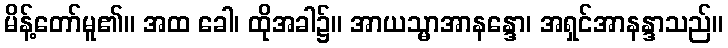
မိန့်တော်မူ၏။ အထ ခေါ၊ ထိုအခါ၌။ အာယသ္မာအာနန္ဒော၊ အရှင်အာနန္ဒာသည်။